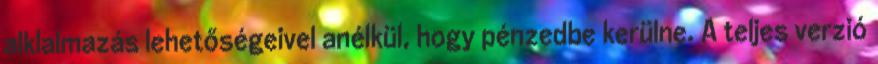
alklalmazás lehetőségeivel anélkül, hogy pénzedbe kerülne. A teljes verzió